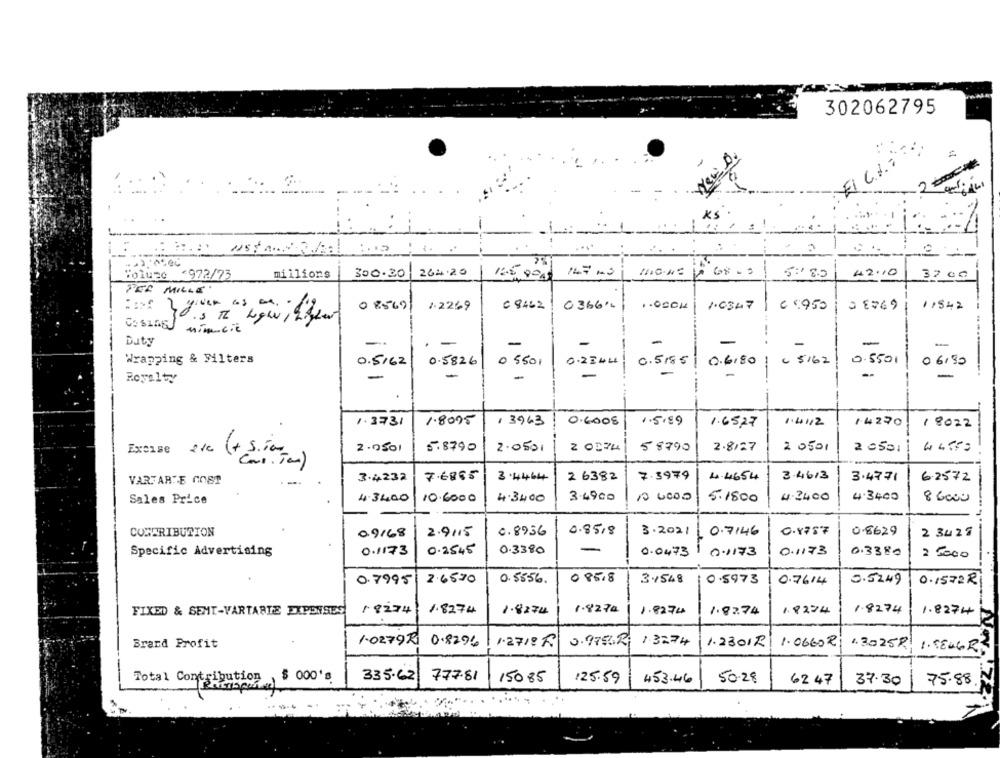
302062795
EICHT
2.
-
..
Bolumo <972/73
millions
300.30
264.20
147 .3
5:18.0
42.10
12.5 800
37 00
PER MILLE
85691
1.2269
6 8462
0366.
1.0347
€ 8950
0 8 749
11942
CasIna Minucie
Duty
-
-
-
-
-
-
Wrapping & Filters
0.5/62
0.5826
0 5501
0.2744
0.5185
0.6,80 : 6 5162
0.5501
06:30
-
Royalty
-
-
-
-
1.3731
1.8075
13963
0.6008
1.5.89
1.65,27
1.4112
14230
18022
2.0501
5.8790
2.0501
2 0074
58790
2.8/27
2 0501
2 0501
Excise 21c
3.4232
7.6865
3.4464
2 6382
7.3979
4.4654
3.4613
3.4771
6.2572
VARTARTE COST
Sales Price
4.3400
10.6000
4.3400
3.49co
10 0000
5.1800
4.3400
4.3400
8 6000
0.85,8
3.2021
0.8787
0.8629
COMERIBUTION
0.9168
2.9115
0.8956
0.7146
2 34 27
Specific Advertising
0.1173
0.2545
0.3380
-
0.0473
1 0.1173
0.1173
0.3380
2 5000
0.7995
2.6570
0.5556.
085.8
3.1548
0.5973
0.7614
0.5249
0.1572 RX
FIXED & SEMT-VARTABLE EXPENSES
18274
1.8274
1.8274
1.8270
1.8274
1.82.74
1.8274
1.8274
1.8274
Brard Profit
1.0279R
0.8294
1.2718 RX
0.975.R.
1.3274
1.2301R
1.0660 R
1.3025R
1.58MGR
Total Contribution $ 000's
335.62
77781
15085
125.59
453.46
50-28
62 47
37.30
75.88.